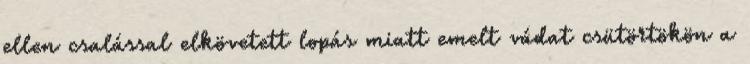
ellen csalással elkövetett lopás miatt emelt vádat csütörtökön a